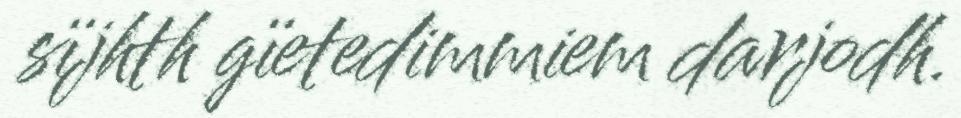
sïjhth gïetedimmiem darjodh.